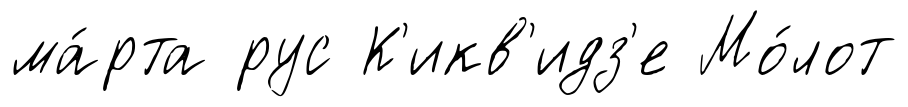
ма́рта рус К'икв'идз'е Мо́лот